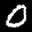
Label: 0